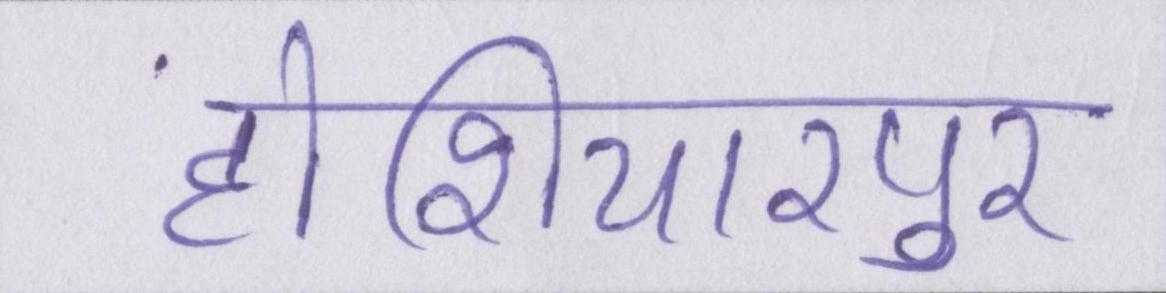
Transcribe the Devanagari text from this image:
होशियारपुर